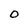
Character: O